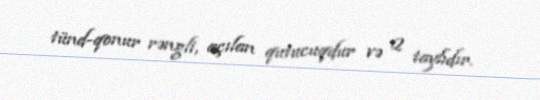
tünd-qonur rəngli, açılan qutucuqdur və 2 taylıdır.